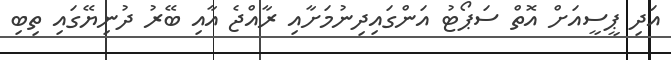
އަދި ޕީސީއަށް އޮތް ސަޕޯޓު އަންގައިދިނުމަށާއި ރާއްޖެ އާއި ބޭރު ދުނިޔޭގައި ތިބި